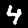
Digit: 4